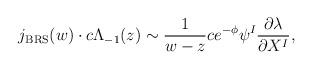
LaTeX: \begin{align*}j_{\rm BRS}(w)\cdot c\Lambda_{-1}(z)\sim\frac{1}{w-z}ce^{-\phi}\psi^I\frac{\partial\lambda}{\partial X^I},\end{align*}